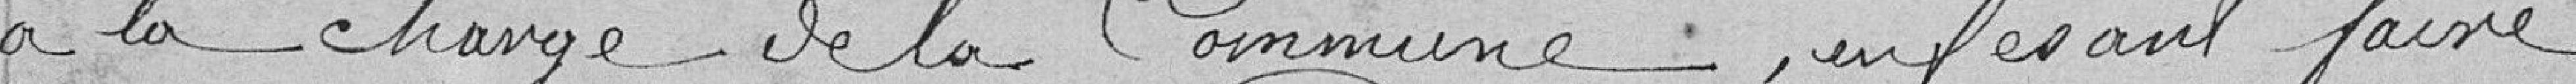
à la charge de la Commune, en faisant faire